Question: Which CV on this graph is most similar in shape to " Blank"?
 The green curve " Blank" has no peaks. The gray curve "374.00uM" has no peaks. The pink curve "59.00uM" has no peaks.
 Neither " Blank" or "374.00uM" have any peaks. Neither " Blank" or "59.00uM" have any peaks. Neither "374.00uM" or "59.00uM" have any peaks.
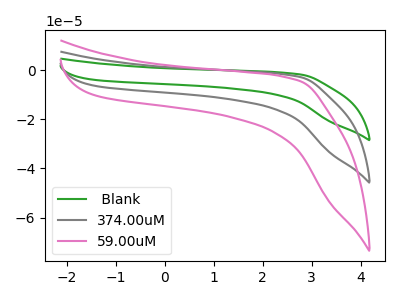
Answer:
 <answer>" Blank" and "374.00uM" have a similar shape to "59.00uM".</answer>
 <eval>" Blank" "374.00uM"</eval>